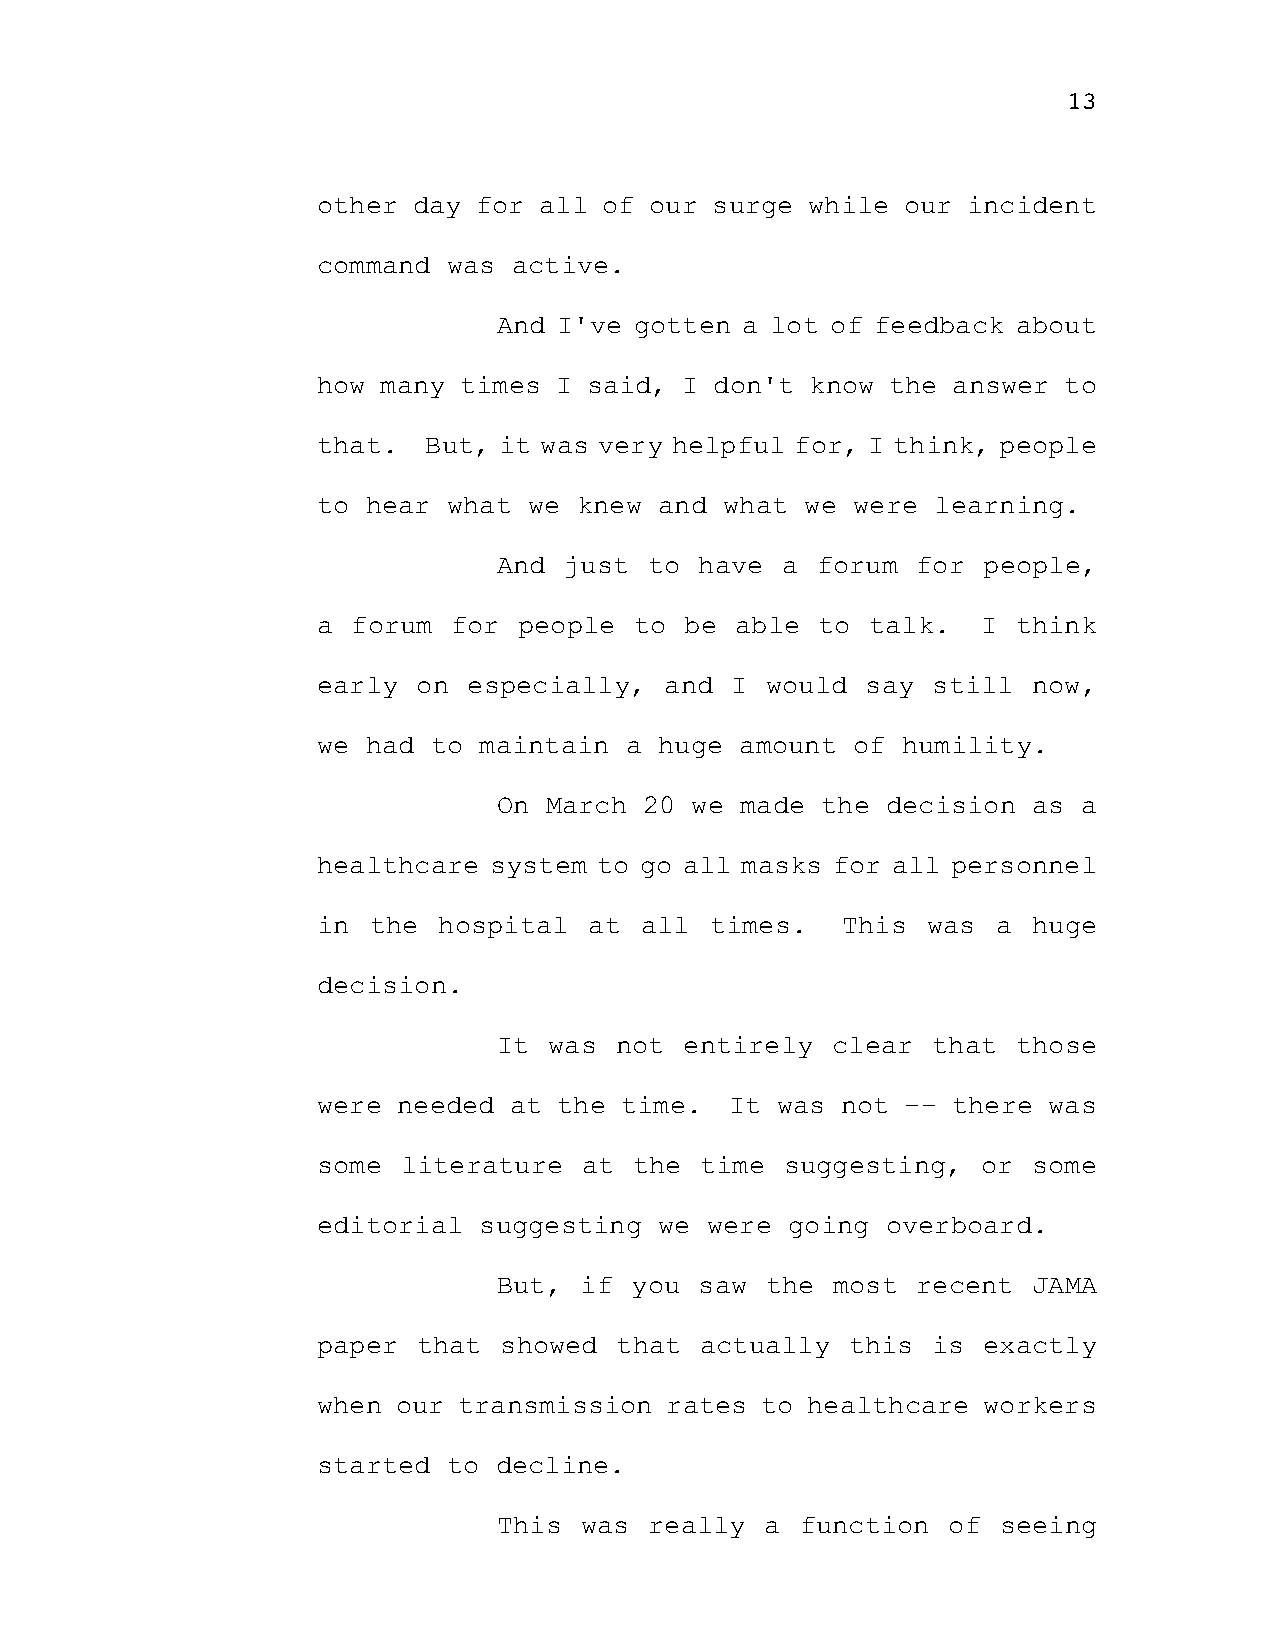
13
 other day  for all of our surge while  our incident
 command  was active.
 And I've gotten a lot of feedback about
 how many times  I said, I don't  know the answer to
 that.  But, it was very helpful for, I think, people
 to hear  what we knew  and what we were  learning.
 And just  to have  a forum  for people,
 a forum  for people  to be  able to  talk.  I think
 early  on especially,  and I  would say  still now,
 we had  to maintain a  huge amount of  humility.
 On March  20 we made the  decision as  a
 healthcare system  to go all masks for all personnel
 in the  hospital  at all  times.   This was  a huge
 decision.
 It was  not entirely  clear  that those
 were needed  at the time.  It was  not -- there was
 some  literature  at the time  suggesting,  or some
 editorial  suggesting  we were going  overboard.
 But, if  you saw  the most  recent JAMA
 paper  that showed  that actually  this  is exactly
 when our transmission  rates to healthcare  workers
 started  to decline.
 This was  really  a function  of seeing